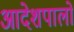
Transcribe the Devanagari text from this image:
आदेशपालों